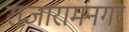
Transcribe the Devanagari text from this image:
राजारामनगर